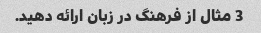
3 مثال از فرهنگ در زبان ارائه دهید.